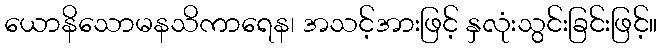
ယောနိသောမနသိကာရေန၊ အသင့်အားဖြင့် နှလုံးသွင်းခြင်းဖြင့်။